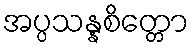
အပ္ပသန္နစိတ္တော